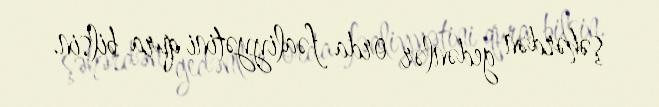
şəhərdən gedənlər orda fəaliyyətini qura bilsin.